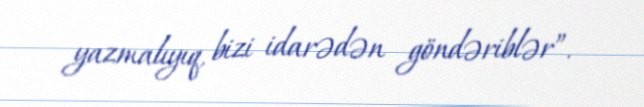
yazmalıyıq, bizi idarədən göndəriblər”.